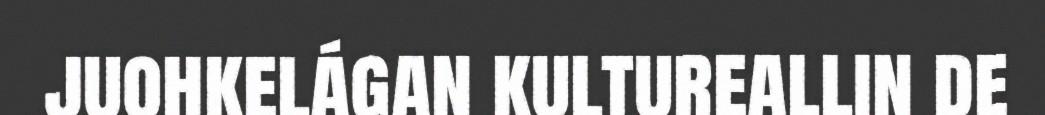
juohkelágan kultureallin de